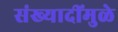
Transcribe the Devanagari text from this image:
संख्यादींमुळे